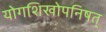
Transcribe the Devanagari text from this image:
योगशिखोपनिषत्‌